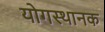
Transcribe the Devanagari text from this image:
योगस्थानक